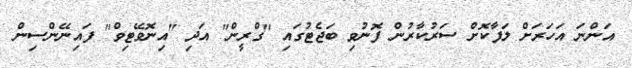
އަންނަ އަހަރަށް ލަފާކޮށް ސަރުކާރުން ފޮނުވި ބަޖެޓުގައި "ގްރީން" އަދި "އިނޮވޭޓިވް" ފައިނޭންސިން